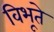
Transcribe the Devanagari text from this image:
विभूते